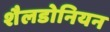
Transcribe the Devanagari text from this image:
शैलडोनियन